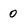
Character: 0